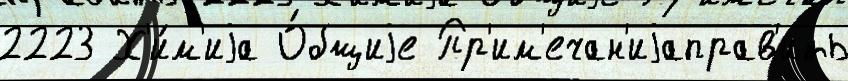
2223 Х'и́м'иjа О́бщиjе Пр'им'ечан'иjаправ'ить